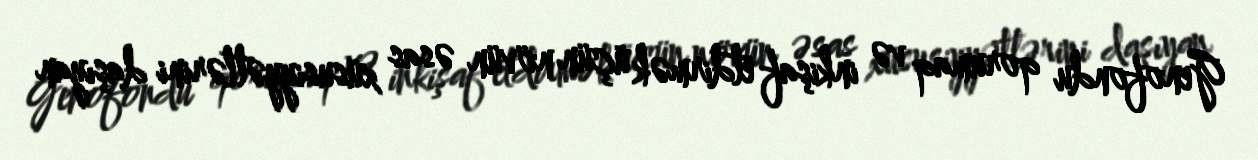
Genofondu qorumaq və inkişaf etdirmək üçün növün əsas xüsusiyyətlərini daşıyan